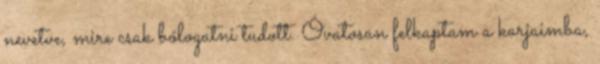
nevetve, mire csak bólogatni tudott. Óvatosan felkaptam a karjaimba,